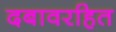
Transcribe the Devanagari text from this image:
दबावरहित